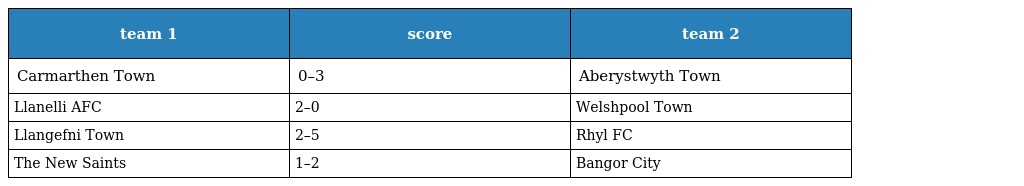
| team 1 | score | team 2 |
 | --- | --- | --- |
 | Carmarthen Town | 0–3 | Aberystwyth Town |
 | Llanelli AFC | 2–0 | Welshpool Town |
 | Llangefni Town | 2–5 | Rhyl FC |
 | The New Saints | 1–2 | Bangor City |